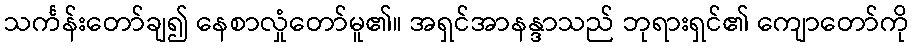
သင်္ကန်းတော်ချ၍ နေစာလှုံတော်မူ၏။ အရှင်အာနန္ဒာသည် ဘုရားရှင်၏ ကျောတော်ကို